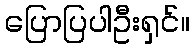
ပြောပြပါဦးရှင်။